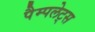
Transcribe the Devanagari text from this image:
पैम्पलेट्स